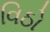
વિઠો